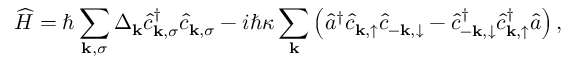
\widehat { H } = \hbar \sum _ { \mathbf { k } , \sigma } \Delta _ { \mathbf { k } } \hat { c } _ { \mathbf { k } , \sigma } ^ { \dagger } \hat { c } _ { \mathbf { k } , \sigma } - i \hbar \kappa \sum _ { \mathbf { k } } \left( \hat { a } ^ { \dagger } \hat { c } _ { \mathbf { k } , \uparrow } \hat { c } _ { - \mathbf { k } , \downarrow } - \hat { c } _ { - \mathbf { k } , \downarrow } ^ { \dagger } \hat { c } _ { \mathbf { k } , \uparrow } ^ { \dagger } \hat { a } \right) ,